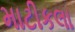
માટીકલા